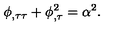
\phi _ { , \tau \tau } + \phi _ { , \tau } ^ { 2 } = \alpha ^ { 2 } .